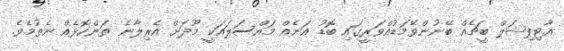
އާޓިފިޝަލް ބީޗެއް ބޭނުންވޭމަޑުއްވަރީގައި ބޮޑު އަނެއް މައްސަލައަކީ މޫދަށް އެރިލާނެ ތަންކޮޅެއް ނެތުމެވެ.